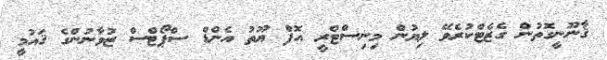
ޤާނޫނީގޮތުން ގެޒެޓްކުރެވޭ ލިޔުން މިނިސްޓްރީ އޮފް ޔޫތު އެންޑް ސްޕޯޓްސް ޒުވާނުންގެ ޤައުމީ